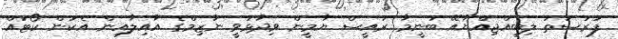
ފުރުސަތު ލިބިއްޖިއްޔާއޭ ބުނީމާ ރައީސް ޔާމީން ވިދާޅުވީ ނާޒިމްގެ އާއިލާއިން އެކަން ކޯޓައް